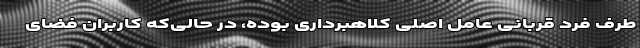
طرف فرد قربانى عامل اصلى کلاهبرداری بوده، در حالی‌که کاربران فضای